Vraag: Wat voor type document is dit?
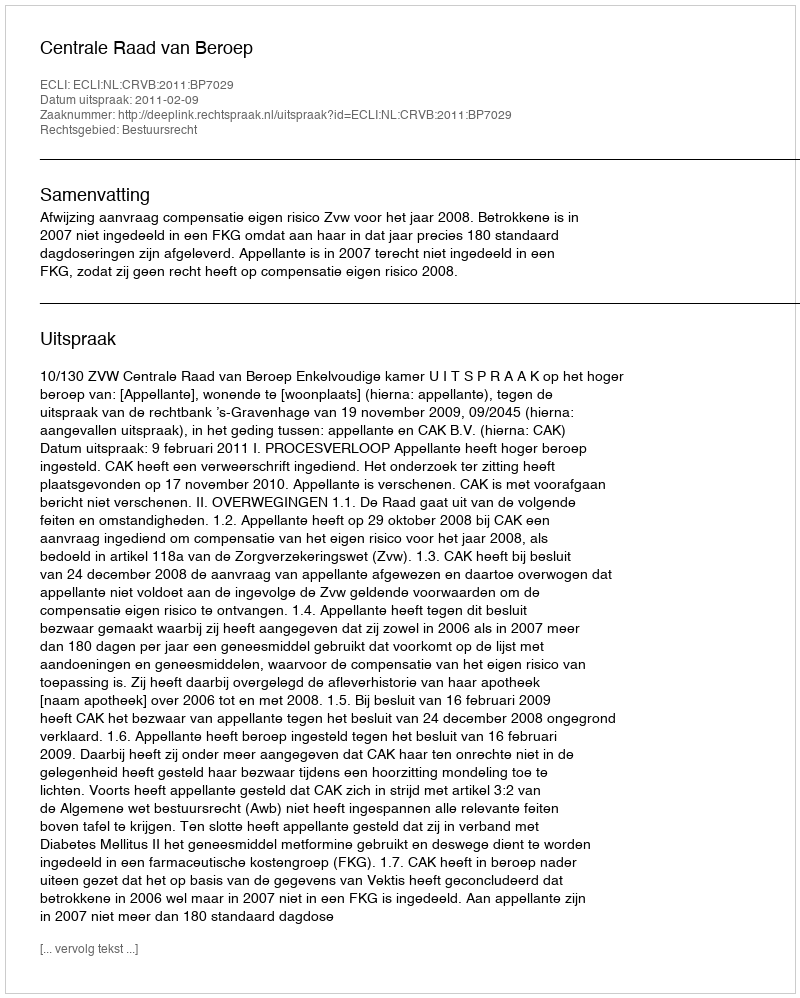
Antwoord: Uitspraak